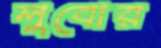
লুবোর